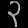
Digit: ၃